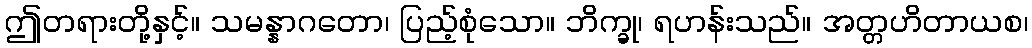
ဤတရားတို့နှင့်။ သမန္နာဂတော၊ ပြည့်စုံသော။ ဘိက္ခု၊ ရဟန်းသည်။ အတ္တဟိတာယစ၊